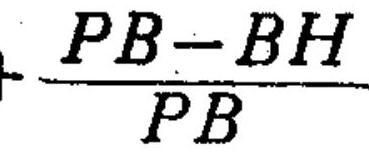
\(\frac{PB - BH}{PB}\)